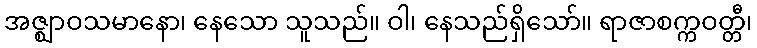
အဇ္ဈာဝသမာနော၊ နေသော သူသည်။ ဝါ၊ နေသည်ရှိသော်။ ရာဇာစက္ကဝတ္တီ၊